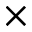
\times